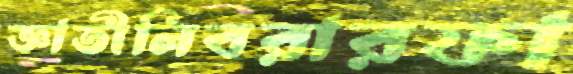
জ্ঞাতীলিবরারফা